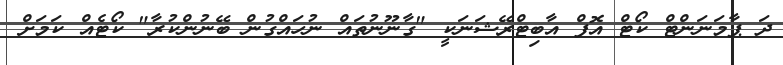
ދަ ޕާމަނަންޓް ކޯޓް އޮފް އާބިޓްރޭޝަނަކީ "ގާނޫނުތައް ނުހައްގުން ބޭނުންކުރާ" ކޯޓެއް ކަމަށް